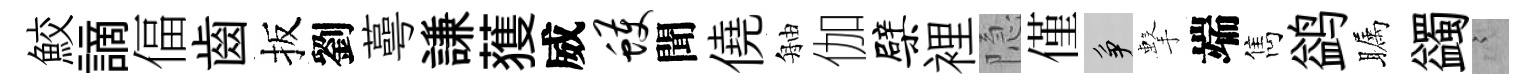
鮫謫偪齒扳劉蕚謙𫉬威蠖聞僥舳伽檗裡隐僅争擊端雋鹢瞩蠲謭